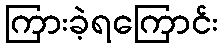
ကြားခဲ့ရကြောင်း